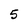
Character: 5